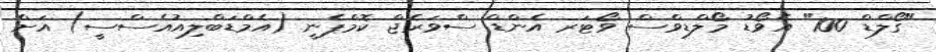
"ގޯލްޑް 100" އެވޯޑު މޯލްޑިވްސް ވޯޓަރ އެންޑް ސްވަރެޖް ކޮމްޕެނީ (އެމްޑަބްލިއުއެސްސީ) އަށް